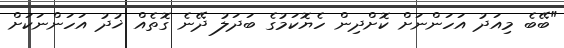
"ބޭބެ މިއަދު އަހަންނަށް ކޮށްދިން ހެޔޮކަމުގެ ބަދަލު ދޭނެ ގޮތެއް ޚުދު އަހަންނަކަށް